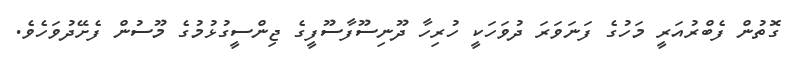
ގޮތުން ފެބްރުއަރީ މަހުގެ ފަނަވަރަ ދުވަހަކީ ހުރިހާ ދޫނިސޫފާސޫފީގެ ޖިންސީގުޅުމުގެ މޫސުން ފެށޭދުވަހެވެ.